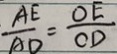
\frac { A E } { A D } = \frac { O E } { C D }